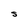
Character: S